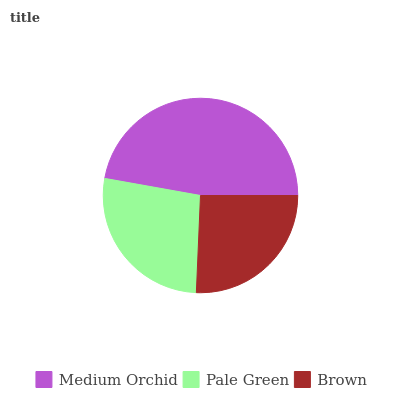
| Medium Orchid | Pale Green | Brown |
 | --- | --- | --- |
 | 47.2% | 27.1% | 25.7% |